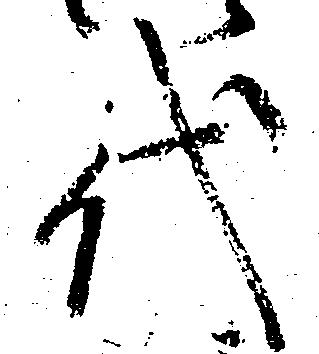
代